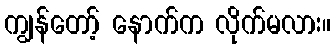
ကျွန်တော့် နောက်က လိုက်မလား။